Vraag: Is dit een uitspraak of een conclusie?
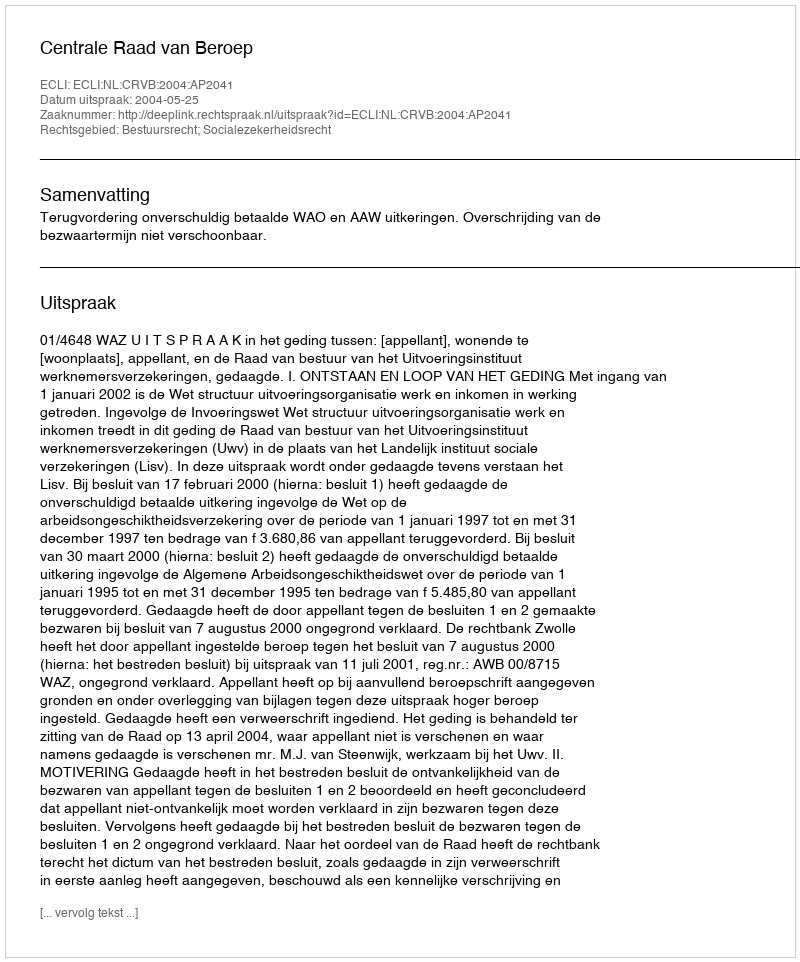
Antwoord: Uitspraak